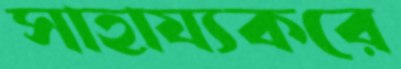
সাহায্যকরে